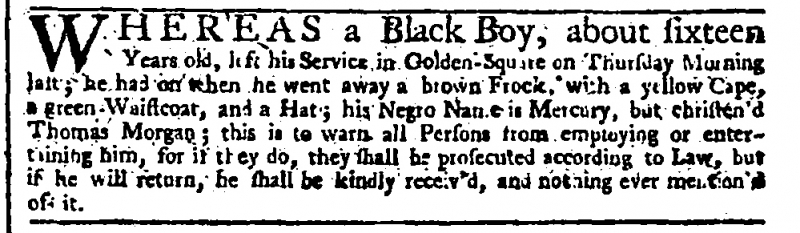
Daily Advertiser, 30 July 1744 (England)
WHEREAS a Black Boy, about sixteen Years old, left his Service in Golden-Square on Thursday Morning last; he had on when he went away a brown Frock, with a yellow Cape, a green Waistcoat, and a Hat; his Negro Name is Mercury, but christen’d Thomas Morgan; this is to warn all Persons from employing or entertaining him, for if they do, they shall be prosecuted according to Law, but if he will return, he shall be kindly receiv’d, and nothing ever mention’d of it.